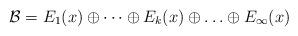
LaTeX: \begin{align*}\mathcal B=E_1(x) \oplus \cdots \oplus E_k(x) \oplus \ldots \oplus E_\infty(x)\end{align*}